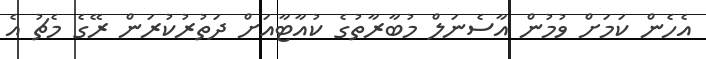
އެހެން ކަމަށް ވުމުން އާސެނަލް މުބާރާތުގެ ކުއާޓާއަށް ދަތުރުކުރަން ރޭގެ މެޗު އެ